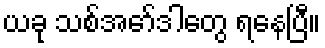
ယခု သစ်အော်ဒါတွေ ရနေပြီ။